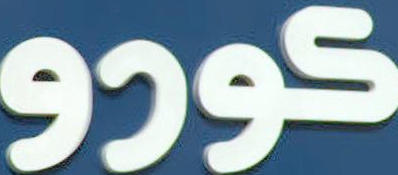
كورو